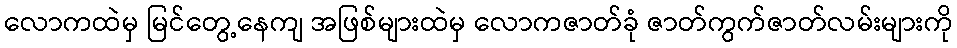
လောကထဲမှ မြင်တွေ့နေကျ အဖြစ်များထဲမှ လောကဇာတ်ခုံ ဇာတ်ကွက်ဇာတ်လမ်းများကို